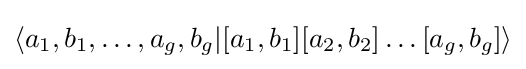
\left\langle a_{1},b_{1},\ldots ,a_{g},b_{g}|[a_{1},b_{1}][a_{2},b_{2}]\ldots [a_{g},b_{g}]\right\rangle